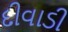
દીવાડી